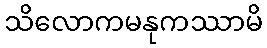
သိလောကမနုကဿာမိ